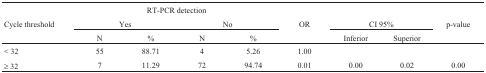
<table><thead><tr><td></td><td colspan="4"><b>RT-PCR detection</b></td><td></td><td></td><td></td><td></td></tr><tr><td><b>Cycle threshold</b></td><td colspan="2"><b>Yes</b></td><td colspan="2"><b>No</b></td><td><b>OR</b></td><td colspan="2"><b>CI 95%</b></td><td><b>p-value</b></td></tr><tr><td></td><td><b>N</b></td><td><b>%</b></td><td><b>N</b></td><td><b>%</b></td><td></td><td><b>Inferior</b></td><td><b>Superior</b></td><td></td></tr></thead><tbody><tr><td>&lt; 32</td><td>55</td><td>88.71</td><td>4</td><td>5.26</td><td>1.00</td><td></td><td></td><td></td></tr><tr><td>≥ 32</td><td>7</td><td>11.29</td><td>72</td><td>94.74</td><td>0.01</td><td>0.00</td><td>0.02</td><td>0.00</td></tr></tbody></table>